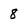
Character: 8